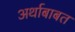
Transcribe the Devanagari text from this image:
अर्थाबाबत